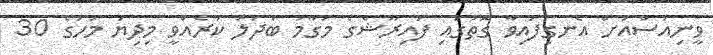
ވީނިއުސްއަށް އެނގިފައިވާ ގޮތުގައި ފައިރޫޝްގެ މަގާމު ބަދަލު ކުރެއްވީ މިދިޔަ މަހުގެ 30